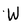
Character: W